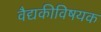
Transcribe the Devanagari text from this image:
वैद्यकीविषयक